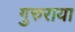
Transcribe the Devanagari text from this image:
गुरुराया